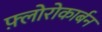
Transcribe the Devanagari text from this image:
फ़्लोरोकार्बन